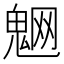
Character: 䰣